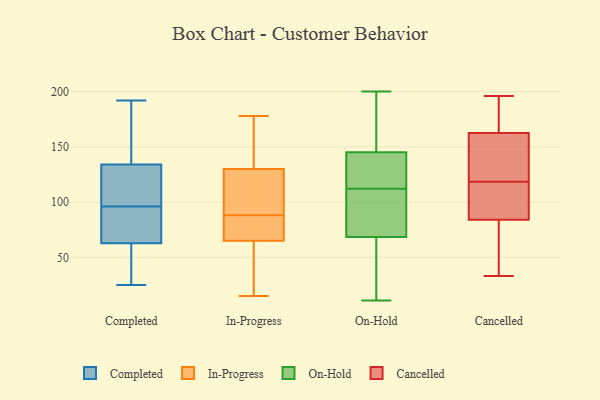
{"axis": {"x": "Tickets Resolved", "y": "Value"}, "legend": ["Cancelled", "Completed", "In-Progress", "On-Hold"], "data": [{"x": "", "y": 80, "type": "Completed"}, {"x": "", "y": 57, "type": "Completed"}, {"x": "", "y": 92, "type": "Completed"}, {"x": "", "y": 25, "type": "Completed"}, {"x": "", "y": 27, "type": "Completed"}, {"x": "", "y": 107, "type": "Completed"}, {"x": "", "y": 140, "type": "Completed"}, {"x": "", "y": 81, "type": "Completed"}, {"x": "", "y": 119, "type": "Completed"}, {"x": "", "y": 139, "type": "Completed"}, {"x": "", "y": 192, "type": "Completed"}, {"x": "", "y": 102, "type": "Completed"}, {"x": "", "y": 37, "type": "Completed"}, {"x": "", "y": 96, "type": "Completed"}, {"x": "", "y": 144, "type": "Completed"}, {"x": "", "y": 68, "type": "In-Progress"}, {"x": "", "y": 121, "type": "In-Progress"}, {"x": "", "y": 133, "type": "In-Progress"}, {"x": "", "y": 64, "type": "In-Progress"}, {"x": "", "y": 121, "type": "In-Progress"}, {"x": "", "y": 15, "type": "In-Progress"}, {"x": "", "y": 88, "type": "In-Progress"}, {"x": "", "y": 54, "type": "In-Progress"}, {"x": "", "y": 178, "type": "In-Progress"}, {"x": "", "y": 168, "type": "In-Progress"}, {"x": "", "y": 78, "type": "In-Progress"}, {"x": "", "y": 111, "type": "On-Hold"}, {"x": "", "y": 42, "type": "On-Hold"}, {"x": "", "y": 65, "type": "On-Hold"}, {"x": "", "y": 68, "type": "On-Hold"}, {"x": "", "y": 124, "type": "On-Hold"}, {"x": "", "y": 89, "type": "On-Hold"}, {"x": "", "y": 113, "type": "On-Hold"}, {"x": "", "y": 93, "type": "On-Hold"}, {"x": "", "y": 123, "type": "On-Hold"}, {"x": "", "y": 60, "type": "On-Hold"}, {"x": "", "y": 150, "type": "On-Hold"}, {"x": "", "y": 86, "type": "On-Hold"}, {"x": "", "y": 156, "type": "On-Hold"}, {"x": "", "y": 200, "type": "On-Hold"}, {"x": "", "y": 11, "type": "On-Hold"}, {"x": "", "y": 198, "type": "On-Hold"}, {"x": "", "y": 188, "type": "On-Hold"}, {"x": "", "y": 121, "type": "On-Hold"}, {"x": "", "y": 69, "type": "On-Hold"}, {"x": "", "y": 140, "type": "On-Hold"}, {"x": "", "y": 166, "type": "Cancelled"}, {"x": "", "y": 159, "type": "Cancelled"}, {"x": "", "y": 196, "type": "Cancelled"}, {"x": "", "y": 182, "type": "Cancelled"}, {"x": "", "y": 133, "type": "Cancelled"}, {"x": "", "y": 69, "type": "Cancelled"}, {"x": "", "y": 56, "type": "Cancelled"}, {"x": "", "y": 170, "type": "Cancelled"}, {"x": "", "y": 124, "type": "Cancelled"}, {"x": "", "y": 37, "type": "Cancelled"}, {"x": "", "y": 33, "type": "Cancelled"}, {"x": "", "y": 100, "type": "Cancelled"}, {"x": "", "y": 113, "type": "Cancelled"}, {"x": "", "y": 131, "type": "Cancelled"}, {"x": "", "y": 99, "type": "Cancelled"}, {"x": "", "y": 108, "type": "Cancelled"}]}